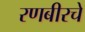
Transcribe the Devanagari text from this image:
रणबीरचे